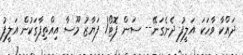
ދައްކާ ވާހަކަ އަލީފު ދެނެގަނޭ-- ސަން ފޮޓޯ/ ފަޔާޒު މޫސާ އިއްތިފާގަކުން އަލީފު